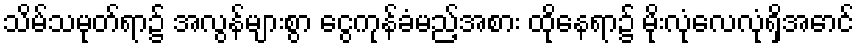
သိမ်သမုတ်ရာ၌ အလွန်များစွာ ငွေကုန်ခံမည့်အစား ထိုနေရာ၌ မိုးလုံလေလုံရှိအောင်